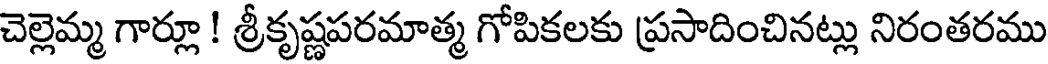
చెల్లెమ్మ గార్లూ ! శ్రీకృష్ణపరమాత్మ గోపికలకు ప్రసాదించినట్లు నిరంతరము